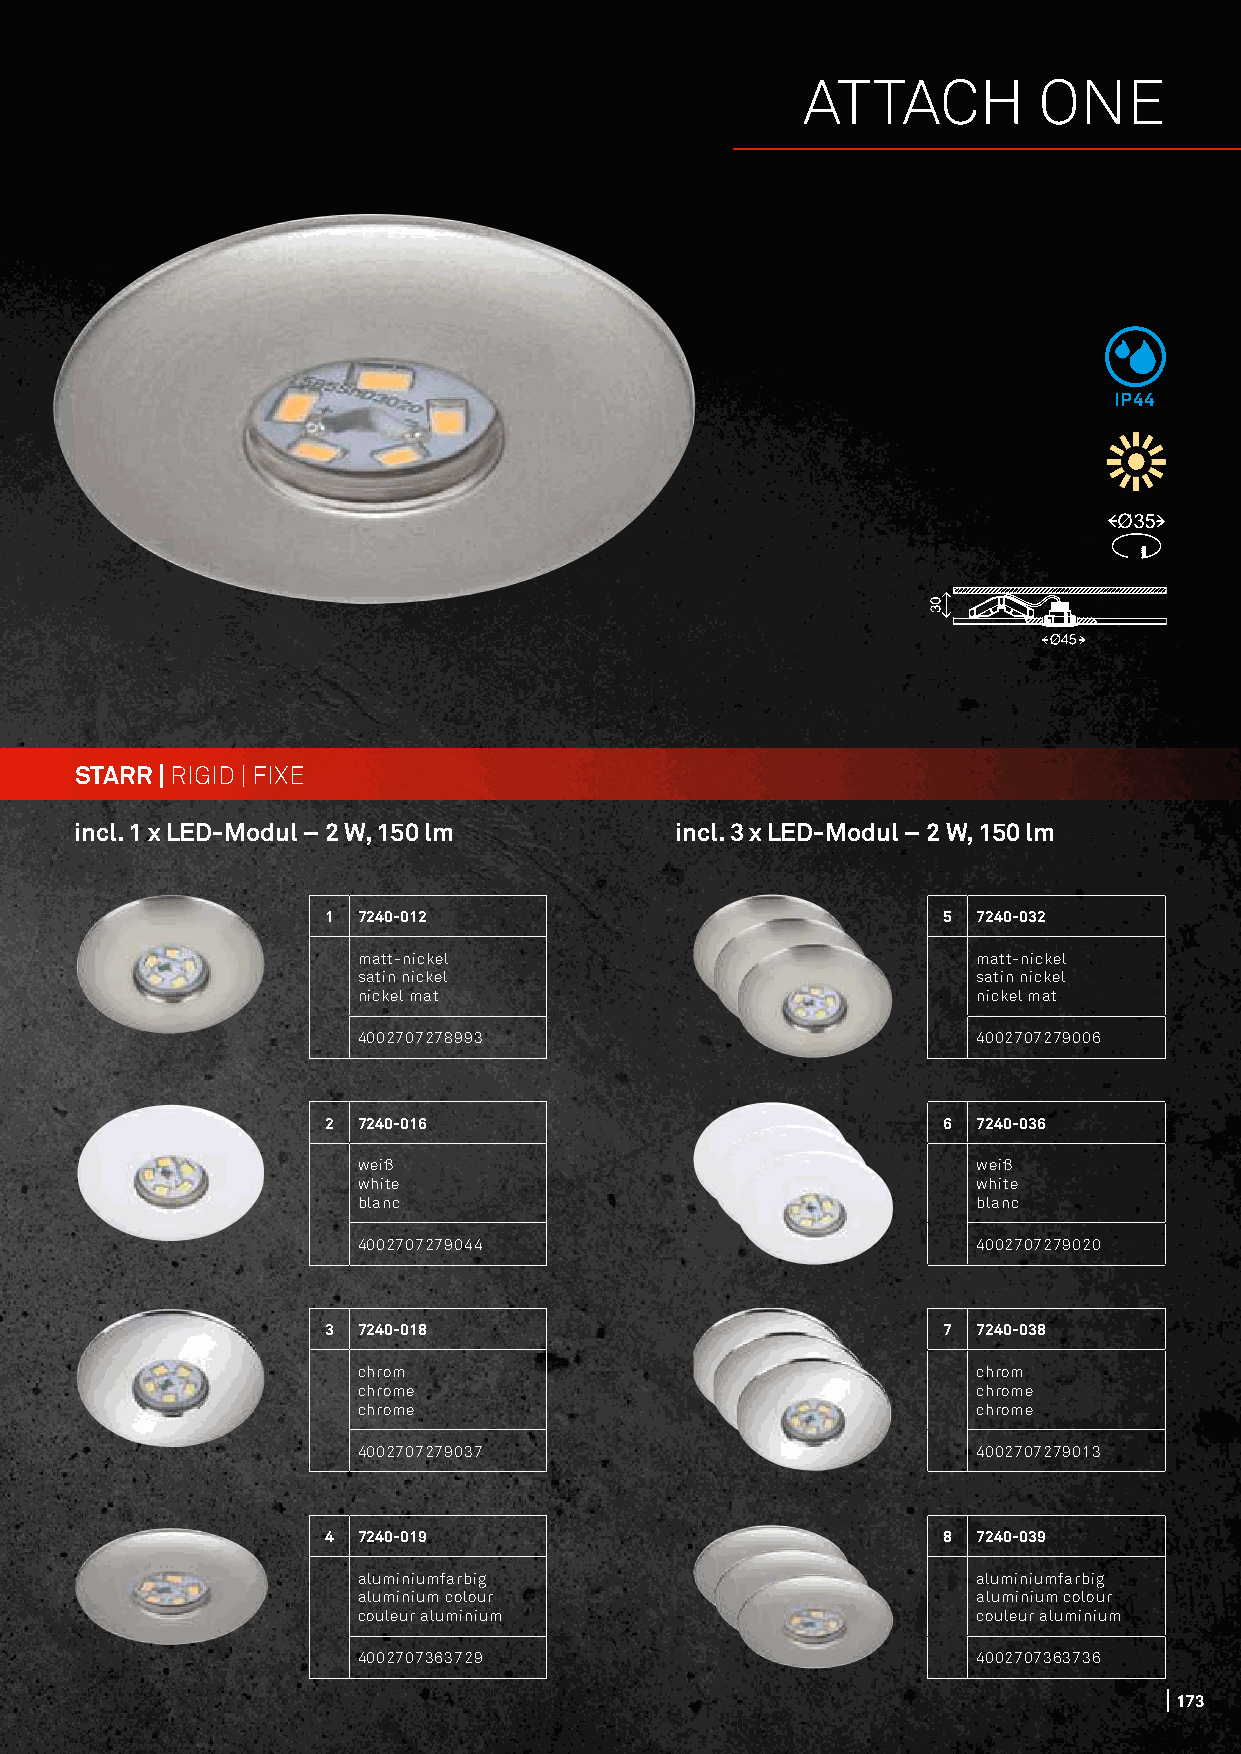
ATTACH          ONE
 IP44
 STARR | RIGID | FIXE
 incl. 1 x LED-Modul – 2 W, 150 lm       incl. 3 x LED-Modul – 2 W, 150 lm
 1  7240-012                              5  7240-032
 matt-nickel                              matt-nickel
 satin nickel                             satin nickel
 nickel mat                               nickel mat
 4002707278993                            4002707279006
 2  7240-016                              6  7240-036
 weiß                                     weiß
 white                                    white
 blanc                                    blanc
 4002707279044                            4002707279020
 3  7240-018                              7  7240-038
 chrom                                    chrom
 chrome                                   chrome
 chrome                                   chrome
 4002707279037                            4002707279013
 4  7240-019                              8  7240-039
 aluminiumfarbig                          aluminiumfarbig
 aluminium colour                         aluminium colour
 couleur aluminium                        couleur aluminium
 4002707363729                            4002707363736
 173